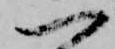
一